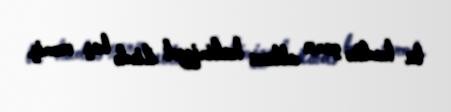
bu hadisə çarın altıncı hakimiyyət ilində baş vermiş.